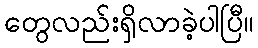
တွေလည်းရှိလာခဲ့ပါပြီ။